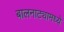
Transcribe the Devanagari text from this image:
बालनाट्यामध्ये